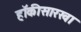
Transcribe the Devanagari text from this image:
हॉकीसारखा